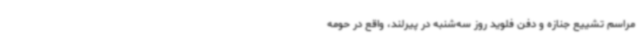
مراسم تشییع جنازه و دفن فلوید روز سه‌شنبه در پیرلند، واقع در حومه